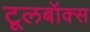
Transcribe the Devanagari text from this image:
टूलबॉक्स